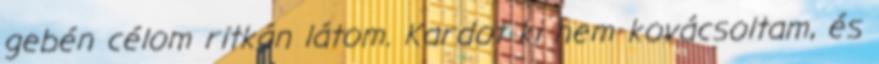
gebén célom ritkán látom. Kardot ki nem kovácsoltam, és